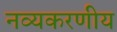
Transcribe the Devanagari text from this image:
नव्यकरणीय